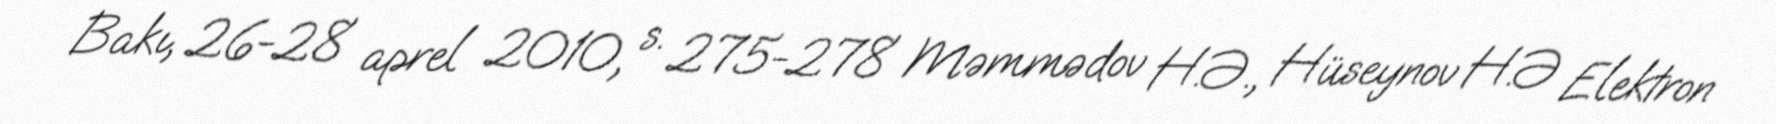
Bakı, 26-28 aprel 2010, s. 275-278 Məmmədov H.Ə., Hüseynov H.Ə Elektron